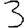
Digit: 3